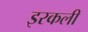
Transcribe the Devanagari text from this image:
इरकली